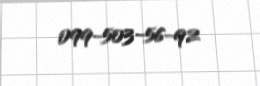
099-503-56-92